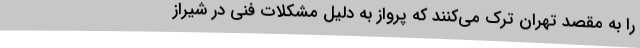
را به مقصد تهران ترک می‌کنند که پرواز به دلیل مشکلات فنی در شیراز